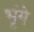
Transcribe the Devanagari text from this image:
भृंगे